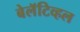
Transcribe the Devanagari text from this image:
बेलॅटिव्हल